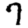
Digit: 7